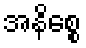
အနိစ္စေ